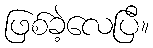
ဖြစ်ခဲ့လေပြီ။